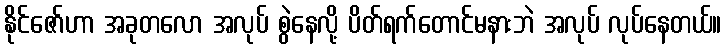
နိုင်ဇော်ဟာ အခုတလော အလုပ် စွဲနေလို့ ပိတ်ရက်တောင်မနားဘဲ အလုပ် လုပ်နေတယ်။